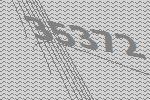
35372